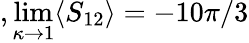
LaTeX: ,\operatorname*{lim}_{\kappa\rightarrow 1}\langle S_{12}\rangle=-10\pi/3